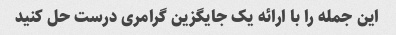
این جمله را با ارائه یک جایگزین گرامری درست حل کنید